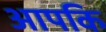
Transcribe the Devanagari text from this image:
आपकि